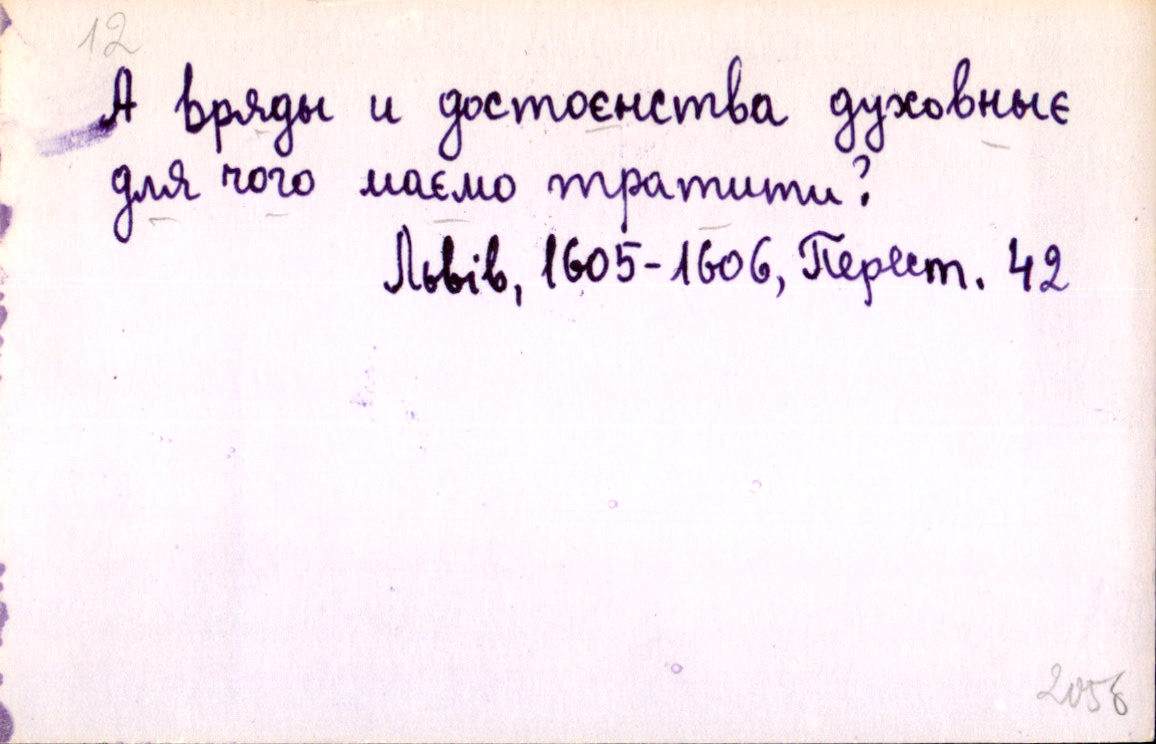
А вряды и достоєнства духовныє
для чого маємо тратити?
Львів, 1605-1606, Перест. 42